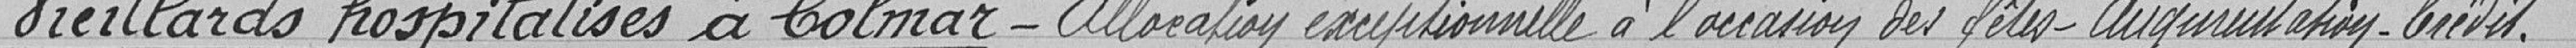
Vieillards hospitalisés à Colmar-Allocation exceptionnelle à l'occasion des fetes-Augmentation-Crédit .